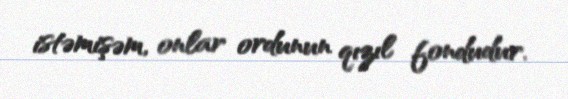
istəmişəm, onlar ordunun qızıl fondudur.